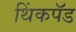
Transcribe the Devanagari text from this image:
थिंकपॅड